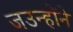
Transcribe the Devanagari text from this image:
जउन्होंने